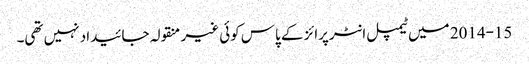
2014-15 میں ٹیمپل انٹرپرائز کے پاس کوئی غیر منقولہ جائیداد نہیں تھی۔